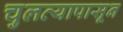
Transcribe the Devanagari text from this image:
चुलत्यापासून